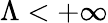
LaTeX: \Lambda<+\infty